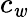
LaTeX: c_{\mathit{w}}